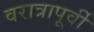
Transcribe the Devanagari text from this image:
वरात्रापूर्वी